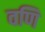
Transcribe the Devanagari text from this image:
वणि